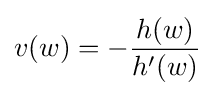
v(w)=-{h(w) \over h^{\prime }(w)}